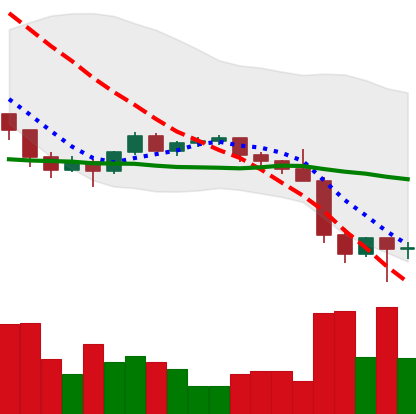
Ticker: ETH-USD
Chart end date: 2022-01-25
Forward return: 6.007%
Label: up_5_7